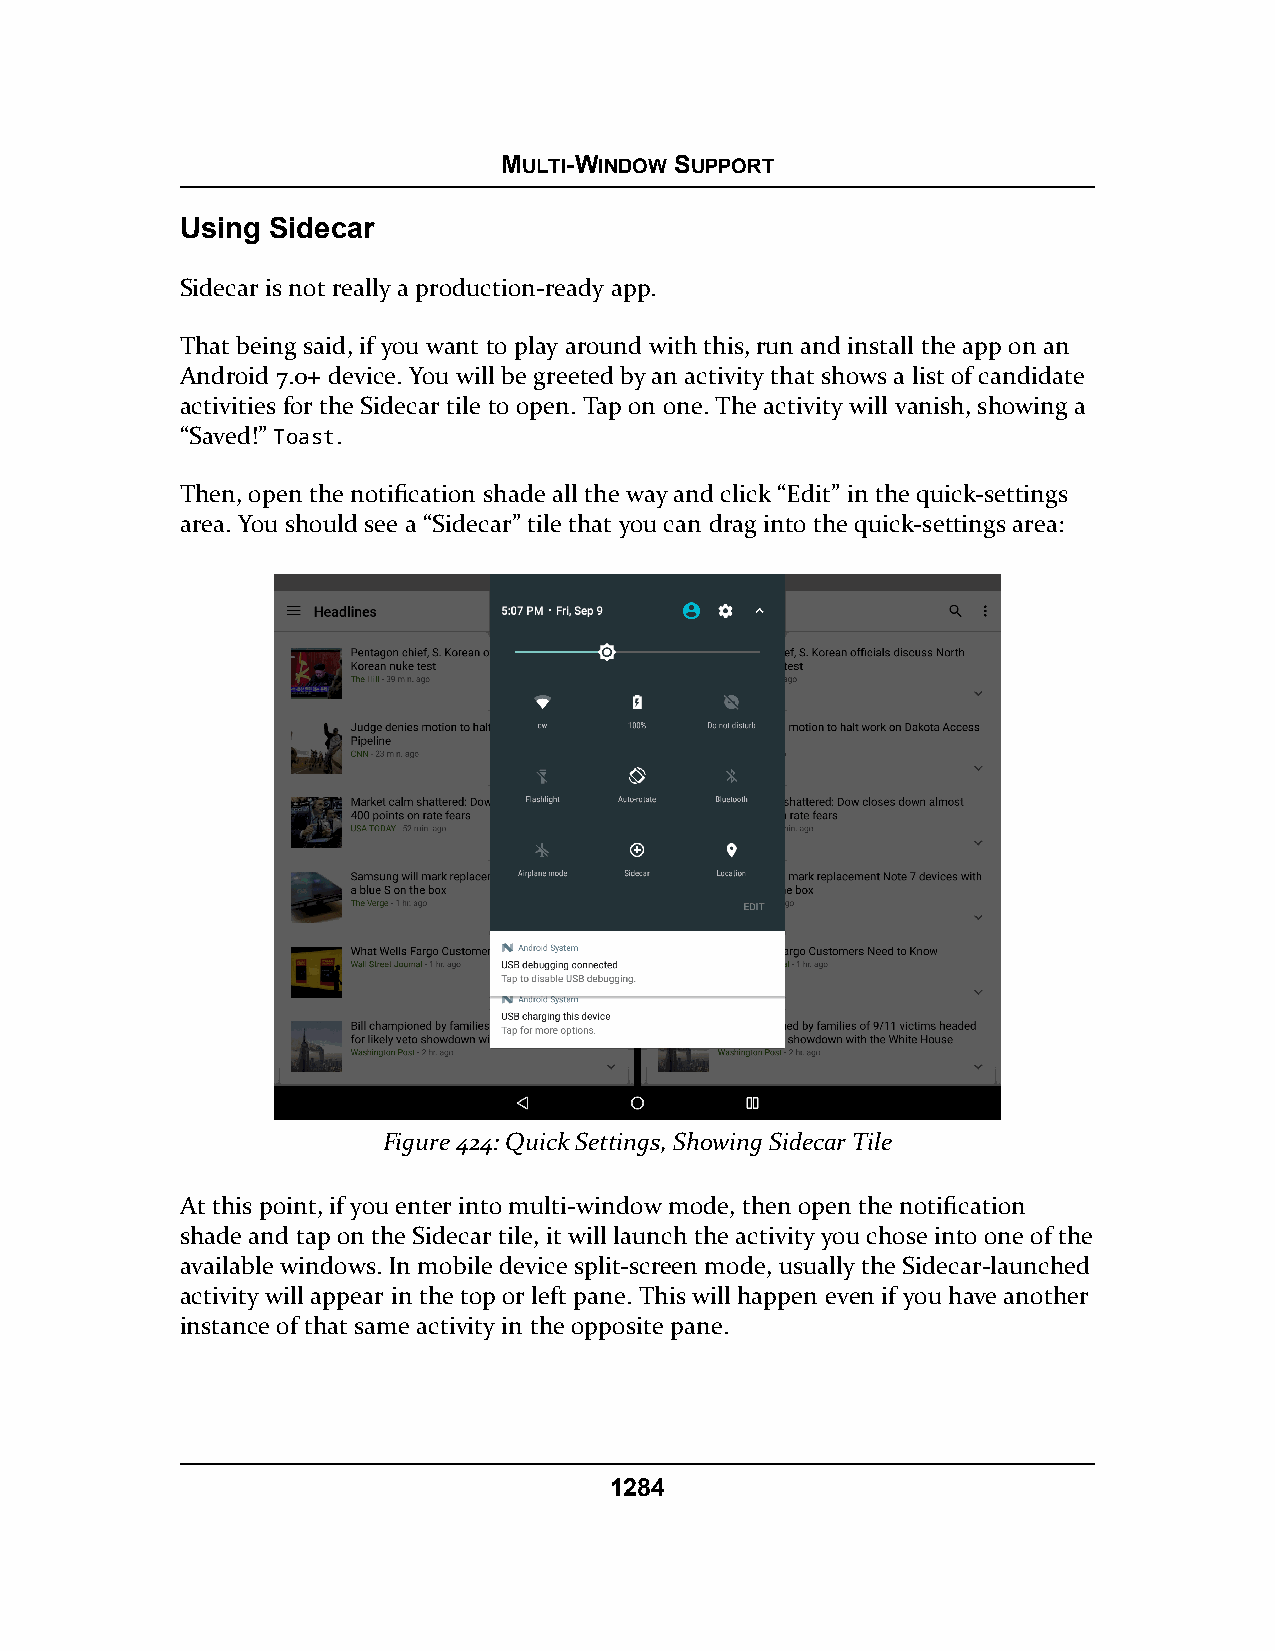
MULTI-WINDOW SUPPORT
 Using Sidecar
 Sidecar is not really a production-ready app.
 That being said, if you want to play around with this, run and install the app on an
 Android 7.0+ device. You will be greeted by an activity that shows a list of candidate
 activities for the Sidecar tile to open. Tap on one. The activity will vanish, showing a
 “Saved!” Toast.
 Then, open the notification shade all the way and click “Edit” in the quick-settings
 area. You should see a “Sidecar” tile that you can drag into the quick-settings area:
 Figure 424: Quick Settings, Showing Sidecar Tile
 At this point, if you enter into multi-window mode, then open the notification
 shade and tap on the Sidecar tile, it will launch the activity you chose into one of the
 available windows. In mobile device split-screen mode, usually the Sidecar-launched
 activity will appear in the top or left pane. This will happen even if you have another
 instance of that same activity in the opposite pane.
 1284